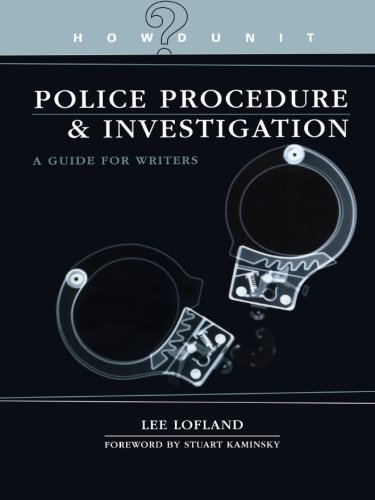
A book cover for Police Procedure & Investigation: A Guide for Writers (Howdunit); Lee Lofland; Law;